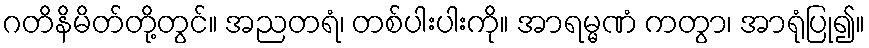
ဂတိနိမိတ်တို့တွင်။ အညတရံ၊ တစ်ပါးပါးကို။ အာရမ္မဏံ ကတွာ၊ အာရုံပြု၍။